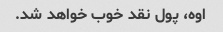
اوه، پول نقد خوب خواهد شد.